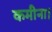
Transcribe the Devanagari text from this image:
कमीना।